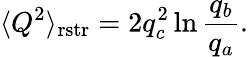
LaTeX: \langle Q^{2}\rangle_{\mathrm{rstr}}=2q_{c}^{2}\ln\frac{q_{b}}{q_{a}}.